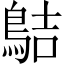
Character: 𪁄